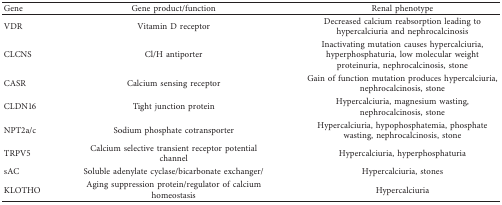
| Gene | Gene product/function | Renal phenotype |
 | --- | --- | --- |
 | VDR | Vitamin D receptor | Decreased calcium reabsorption leading to hypercalciuria and nephrocalcinosis |
 | CLCNS | Cl/H antiporter | Inactivating mutation causes hypercalciuria, hyperphosphaturia, low molecular weight proteinuria, nephrocalcinosis, stone |
 | CASR | Calcium sensing receptor | Gain of function mutation produces hypercalciuria, nephrocalcinosis, stone |
 | CLDN16 | Tight junction protein | Hypercalciuria, magnesium wasting, nephrocalcinosis, stone |
 | NPT2a/c | Sodium phosphate cotransporter | Hypercalciuria, hypophosphatemia, phosphate wasting, nephrocalcinosis, stone |
 | TRPV5 | Calcium selective transient receptor potential channel | Hypercalciuria, hyperphosphaturia |
 | sAC | Soluble adenylate cyclase/bicarbonate exchanger/ | Hypercalciuria, stones |
 | KLOTHO | Aging suppression protein/regulator of calcium homeostasis | Hypercalciuria |